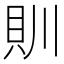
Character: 𮙰